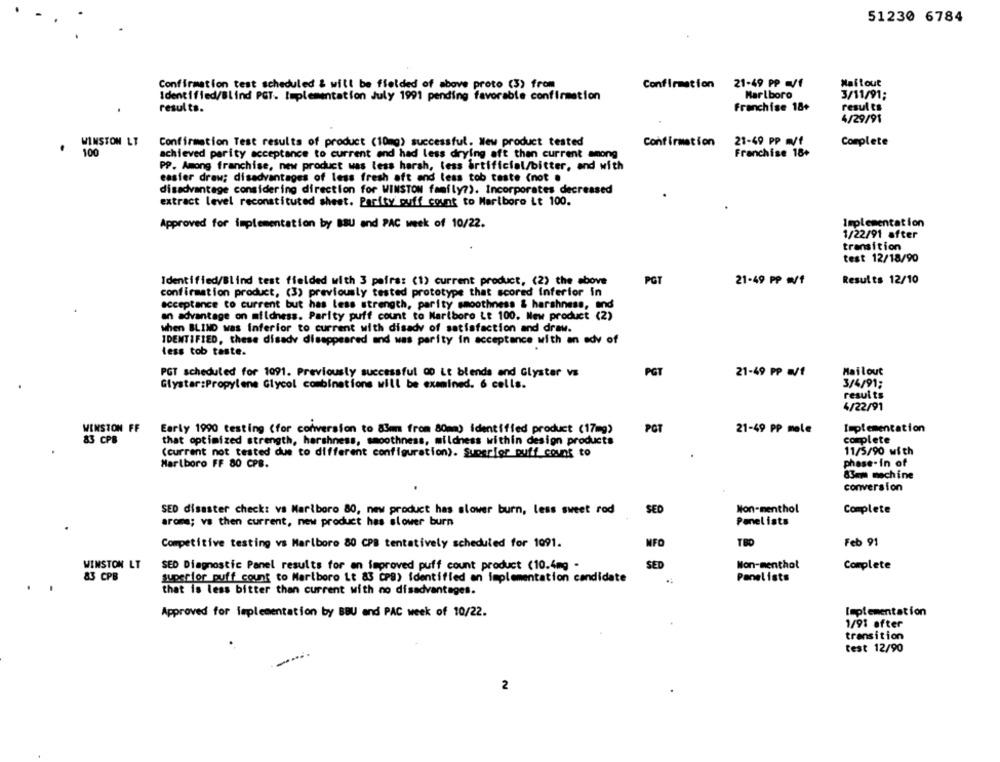
51230 6784
Confirmation test scheduled & will be fielded of above proto (3) from
Confirmation 21-49 PP m/f
Mai tout
Identified/Blind PCT. Implementation July 1991 pending favorable confirmation
Marlboro
3/11/91;
Franchise 18+
results.
results
4/29/91
WINSTON LT
Confirmation Test results of product (10mg) successful. Wew product tested
Confirmation
21-49 PP m/f
Complete
100
Franchise 18+
achieved parity acceptance to current and had less drying aft than current among
PP. Among franchise, new product was less harsh, less artificial/bitter, and with
easier draw; disadvantages of less fresh aft and less tob taste (not .
disadvantage considering direction for WINSTON family?). Incorporates decreased
extract level reconstituted sheet. Parity puff count to Marlboro it 100.
Approved for implementation by BBU and PAC week of 10/22.
Implementation
1/22/91 after
transition
test 12/18/90
Identified/Blind test fielded with 3 pairs: (1) current product, (2) the above
PGT
21-49 PP m/f
Results 12/10
confirmation product, (3) previously tested prototype that scored inferior in
acceptance to current but has less strength, parity smoothness & harshness, and
an advantage on mildness. Parity puff count to Mariboro Lt 100. New product (2)
when BLIND was Inferior to current with disady of satisfaction and draw.
IDENTIFIED, these disady disappeared and was parity in acceptance with an edv of
less tob taste.
PGT scheduled for 1091. Previously successful 00 Lt blends and Glystar vs
PGT
21-49 PP WE
Mailout
Glystar:Propylene Glycol combinations will be examined. 6 cells.
3/4/91;
results
4/22/91
WINSTON FF
Early 1990 testing (for conversion to 8mm from 80mm) identified product (17mg)
POT
21-49 PP mele
Implementation
83 CPB
that optimized strength, harshness, smoothness, mildness within design products
complete
(current not tested due to different configuration). Superior puff count to
11/5/90 with
Marlboro FF 80 CPB.
phase.in of
83mm machine
conversion
SED disaster check: vs Marlboro 80, new product has slower burn, less sweet rod
SED
Non-menthol
Complete
aroma; vs then current, new product has slower burn
Panel ists
Feb 91
Competitive testing vs Marlboro 80 CPB tentatively scheduled for 1091.
NFO
TBD
WINSTON LT
SED Diagnostic Panel results for an improved puff count product (10.4mg -
SED
Non-menthot
Complete
83 CPB
superior puff count to Marlboro Lt 83 CPS) identified an implementation candidate
.
Panelists
that is less bitter than current with no disadvantages.
Approved for implementation by BBU and PAC week of 10/22.
leplementation
1/91 efter
transition
test 12/90
2